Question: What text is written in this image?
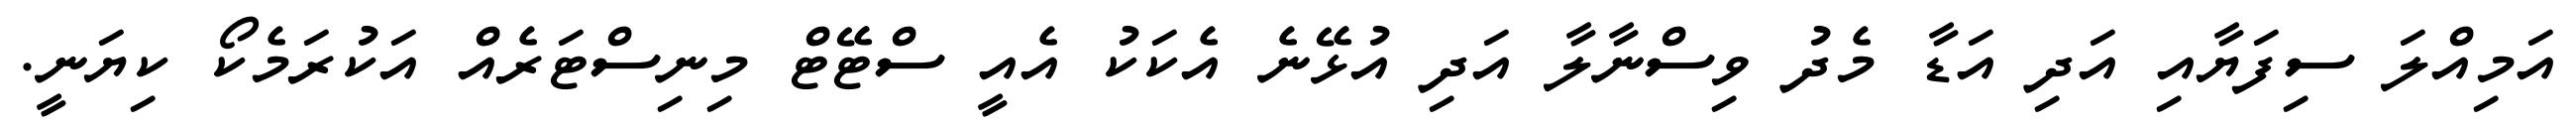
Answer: އަމިއްލަ ސިފަޔާއި އަދި އަޑާ މެދު ވިސްނާލާ އަދި އުޅޭނެ އެކަކު އެއީ ސްޓޭޓް މިނިސްޓަރެއް އަކުރަމެކޯ ކިޔަނީ.